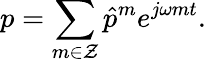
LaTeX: p=\sum_{m\in\mathcal{Z}}\hat{p}^{m}e^{j\omega mt}.